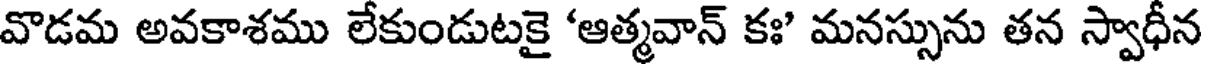
వొడమ అవకాశము లేకుండుటకై 'ఆత్మవాన్ కః' మనస్సును తన స్వాధీన